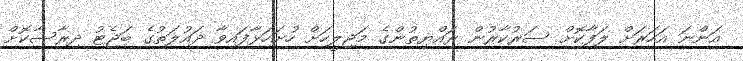
އަންނަ އަހަރަށް ލަފާކޮށް ސަރުކާރުން ރައްޔިތުންގެ މަޖިލީހަށް ހުށަހަޅާފައިވާ ދައުލަތުގެ ބަޖެޓު ދިރާސާކޮށް